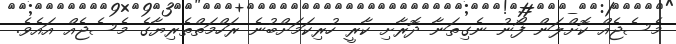
މެސެޖެއް ކޮށްލަން ފޯނު ނެގިތަނާ ދޮރާށި ކާރީ ހުރިކަމަށްބުނެ ރަހްމަތްތެރިޔާގެ މެސެޖެއް އައެވެ.